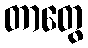
တာတွေ